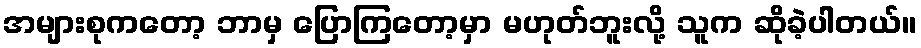
အများစုကတော့ ဘာမှ ပြောကြတော့မှာ မဟုတ်ဘူးလို့ သူက ဆိုခဲ့ပါတယ်။